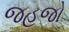
જહજો